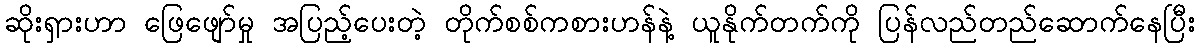
ဆိုးရှားဟာ ဖြေဖျော်မှု အပြည့်ပေးတဲ့ တိုက်စစ်ကစားဟန်နဲ့ ယူနိုက်တက်ကို ပြန်လည်တည်ဆောက်နေပြီး